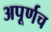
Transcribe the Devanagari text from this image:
अपूर्णच